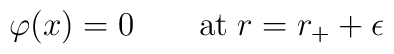
\varphi(x)=0\qquad {\rm at}\;r=r_++\epsilon